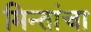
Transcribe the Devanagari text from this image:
मिन्तांचा